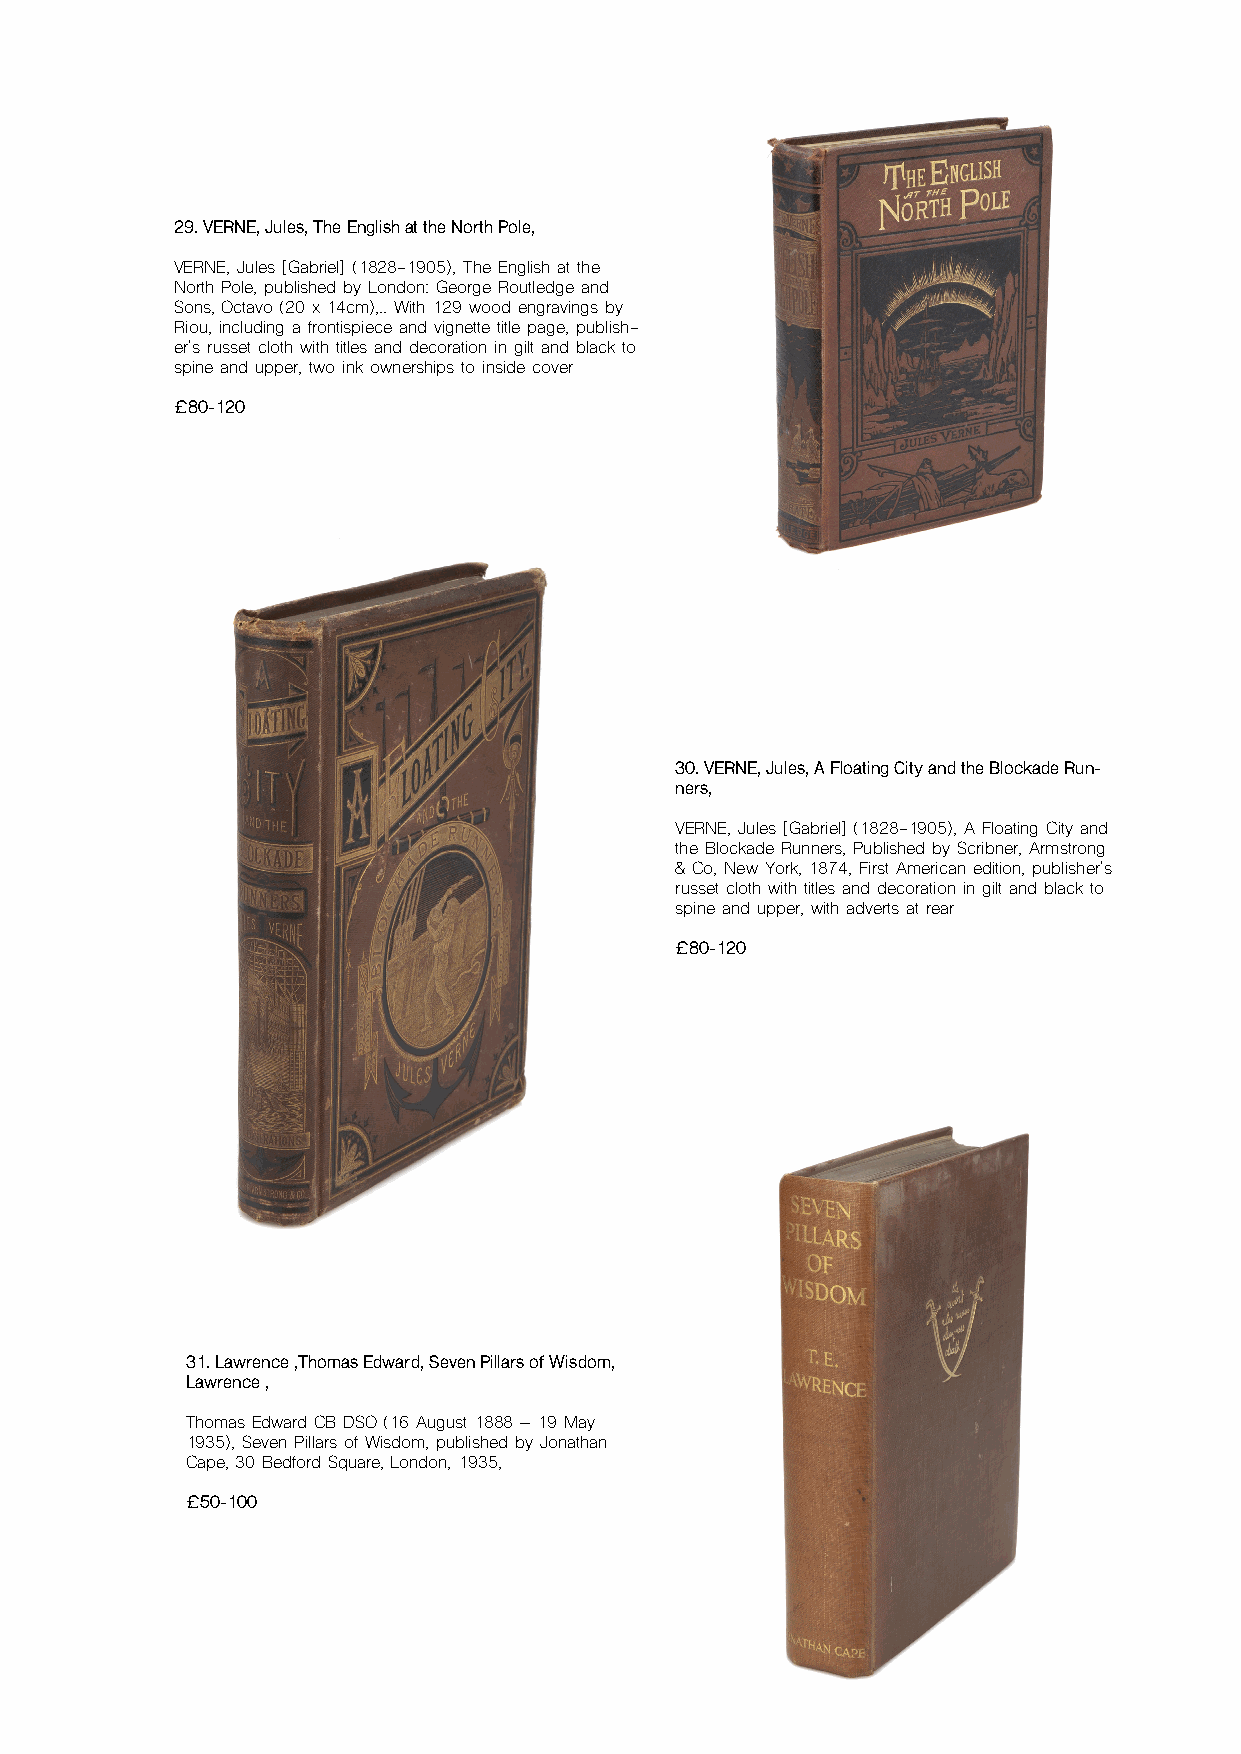
29. VERNE, Jules, The English at the North Pole,
 VERNE, Jules [Gabriel] (1828-1905), The English at the
 North Pole, published by London: George Routledge and
 Sons, Octavo (20 x 14cm),.. With 129 wood engravings by
 Riou, including a frontispiece and vignette title page, publish-
 er's russet cloth with titles and decoration in gilt and black to
 spine and upper, two ink ownerships to inside cover
 £80-120
 30. VERNE, Jules, A Floating City and the Blockade Run-
 ners,
 VERNE, Jules [Gabriel] (1828-1905), A Floating City and
 the Blockade Runners, Published by Scribner, Armstrong
 & Co, New York, 1874, First American edition, publisher's
 russet cloth with titles and decoration in gilt and black to
 spine and upper, with adverts at rear
 £80-120
 31. Lawrence ,Thomas Edward, Seven Pillars of Wisdom,
 Lawrence ,
 Thomas Edward CB DSO (16 August 1888 – 19 May
 1935), Seven Pillars of Wisdom, published by Jonathan
 Cape, 30 Bedford Square, London, 1935,
 £50-100